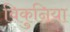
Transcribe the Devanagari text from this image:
विकुनिया